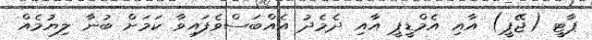
ޕާޓީ (ޖޭޕީ) އާއި އެމްޑީޕީ އާއި ދެމެދު އެއްބަސްވެފައިވާ ކަމަށް ބުނާ ލިޔުމެއް